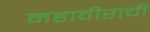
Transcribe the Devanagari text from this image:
महावीराची